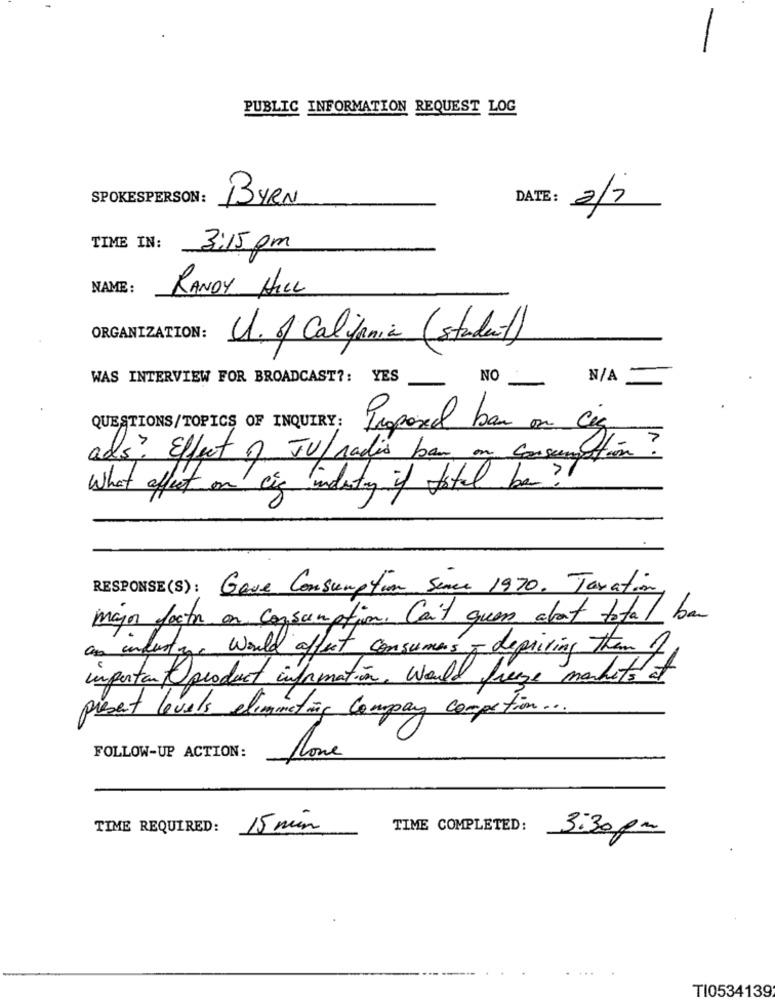
PUBLIC INFORMATION REQUEST LOG
SPOKESPERSON:
BYRN
DATE: 2/2
TIME IN:
3:15 pm
NAME :
RANDY HILL
ORGANIZATION:
U.of Caljania (student)
WAS INTERVIEW FOR BROADCAST ?: YES
NO
QUESTIONS/TOPICS OF INQUIRY:
Proposed ban on cig
ads? Effect of JU/ radis ban on
What affect on cis industry if total be?
RESPONSE(S) : Gave Consumption Sence 1970, Taxation
major facts on consumption. Can't guess about total ban
an industry. would affect consumers , depiring them of
important product information. Would freeze markets et
present levels eliminating company competion ...
FOLLOW-UP ACTION:
TIME REQUIRED:
15 min
TIME COMPLETED:
3:30pm
...
TI0534139